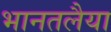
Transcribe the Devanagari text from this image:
भानतलैया